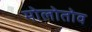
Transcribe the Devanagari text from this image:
मोलोतोव